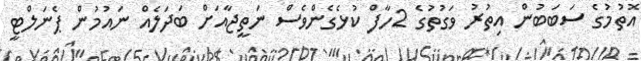
އޮތުމުގެ ސަބަބުން އިތުރު ވަގުތުގެ 2ހާފް ކުޅެގެންވެސް ނަތީޖާއަށް ބަދަލެއް ނައުމުން ޕެނަލްޓީ